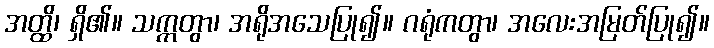
အတ္ထိ၊ ရှိ၏။ သက္ကတွာ၊ အရိုအသေပြု၍။ ဂရုံကတွာ၊ အလေးအမြတ်ပြု၍။